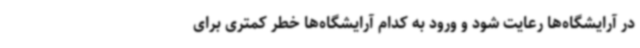
در آرایشگاه‌ها رعایت شود و ورود به کدام آرایشگاه‌ها خطر کمتری برای